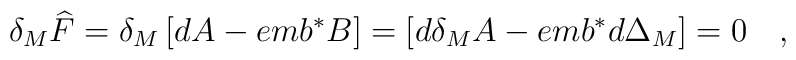
\delta _M\widehat{F}=\delta _M\left[ dA-emb^{*}B\right] =\left[d\delta _MA-emb^{*}d\Delta _M\right] =0\quad ,